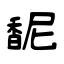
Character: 馜